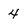
Character: 4